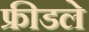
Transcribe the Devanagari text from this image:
फ्रीडले